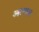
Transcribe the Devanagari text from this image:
आत्मरस